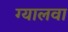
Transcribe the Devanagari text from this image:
ग्यालवा